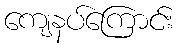
ကျေနပ်ကြောင်း